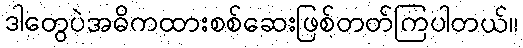
ဒါတွေပဲအဓိကထားစစ်ဆေးဖြစ်တတ်ကြပါတယ်။